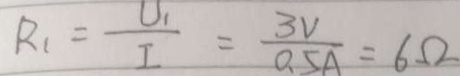
R _ { 1 } = \frac { U _ { 1 } } { I } = \frac { 3 V } { 0 . 5 A } = 6 \Omega